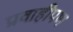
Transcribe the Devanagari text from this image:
प्रवाहीपण